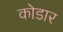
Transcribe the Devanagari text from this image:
कोडार